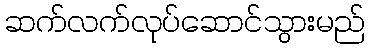
ဆက်လက်လုပ်ဆောင်သွားမည်